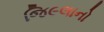
જિ૯લાનો